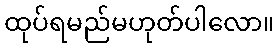
ထုပ်ရမည်မဟုတ်ပါလော။